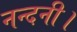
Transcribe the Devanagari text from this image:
नन्दनी।